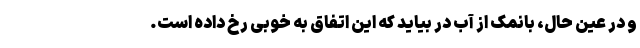
و در عین حال، بانمک از آب در بیاید که این اتفاق به خوبی رخ داده است.